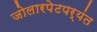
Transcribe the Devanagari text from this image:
जोलारपेटपर्यंत